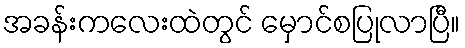
အခန်းကလေးထဲတွင် မှောင်စပြုလာပြီ။